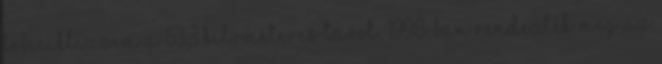
lebiciklizzem a 63,3 kilométeres távot. 1998-ban rendezték meg az